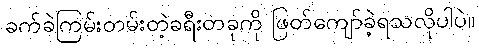
ခက်ခဲကြမ်းတမ်းတဲ့ခရီးတခုကို ဖြတ်ကျော်ခဲ့ရသလိုပါပဲ။